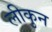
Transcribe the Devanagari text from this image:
लीकुन